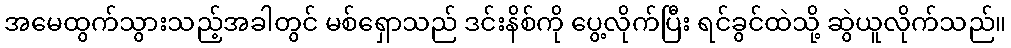
အမေထွက်သွားသည့်အခါတွင် မစ်ရှောသည် ဒင်းနိစ်ကို ပွေ့လိုက်ပြီး ရင်ခွင်ထဲသို့ ဆွဲယူလိုက်သည်။